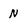
Character: N